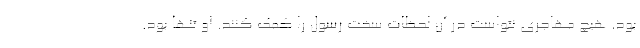
بود. هیچ مهاجری نتواست در آن لحظات سخت رسول را کمک کنند. او تنها بود.